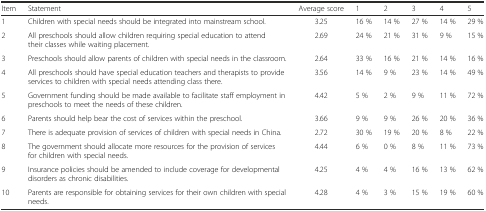
<table><thead><tr><td><b>Item</b></td><td><b>Statement</b></td><td><b>Average score</b></td><td><b>1</b></td><td><b>2</b></td><td><b>3</b></td><td><b>4</b></td><td><b>5</b></td></tr></thead><tbody><tr><td>1</td><td>Children with special needs should be integrated into mainstream school.</td><td>3.25</td><td>16 %</td><td>14 %</td><td>27 %</td><td>14 %</td><td>29 %</td></tr><tr><td>2</td><td>All preschools should allow children requiring special education to attend their classes while waiting placement.</td><td>2.69</td><td>24 %</td><td>21 %</td><td>31 %</td><td>9 %</td><td>15 %</td></tr><tr><td>3</td><td>Preschools should allow parents of children with special needs in the classroom.</td><td>2.64</td><td>33 %</td><td>16 %</td><td>21 %</td><td>14 %</td><td>16 %</td></tr><tr><td>4</td><td>All preschools should have special education teachers and therapists to provide services to children with special needs attending class there.</td><td>3.56</td><td>14 %</td><td>9 %</td><td>23 %</td><td>14 %</td><td>49 %</td></tr><tr><td>5</td><td>Government funding should be made available to facilitate staff employment in preschools to meet the needs of these children.</td><td>4.42</td><td>5 %</td><td>2 %</td><td>9 %</td><td>11 %</td><td>72 %</td></tr><tr><td>6</td><td>Parents should help bear the cost of services within the preschool.</td><td>3.66</td><td>9 %</td><td>9 %</td><td>26 %</td><td>20 %</td><td>36 %</td></tr><tr><td>7</td><td>There is adequate provision of services of children with special needs in China.</td><td>2.72</td><td>30 %</td><td>19 %</td><td>20 %</td><td>8 %</td><td>22 %</td></tr><tr><td>8</td><td>The government should allocate more resources for the provision of services for children with special needs.</td><td>4.44</td><td>6 %</td><td>0 %</td><td>8 %</td><td>11 %</td><td>73 %</td></tr><tr><td>9</td><td>Insurance policies should be amended to include coverage for developmental disorders as chronic disabilities.</td><td>4.25</td><td>4 %</td><td>4 %</td><td>16 %</td><td>13 %</td><td>62 %</td></tr><tr><td>10</td><td>Parents are responsible for obtaining services for their own children with special needs.</td><td>4.28</td><td>4 %</td><td>3 %</td><td>15 %</td><td>19 %</td><td>60 %</td></tr></tbody></table>